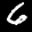
Label: 6